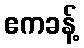
ဧကခန့်